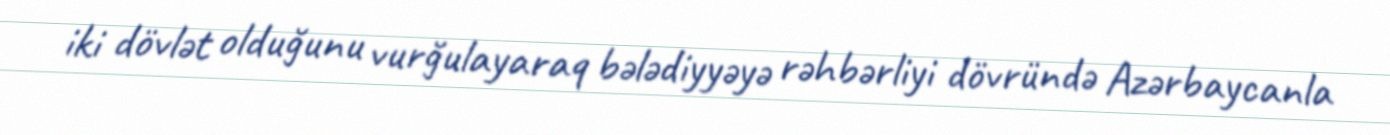
iki dövlət olduğunu vurğulayaraq bələdiyyəyə rəhbərliyi dövründə Azərbaycanla